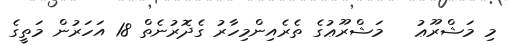
މި މަޝްރޫޢު   މަޝްރޫޢުގެ ތެރެއިންމިހާރު ގެދޮރުނެތް 18 އަހަރުން މަތީގެ